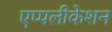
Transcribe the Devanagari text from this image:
एप्पलीकेशन